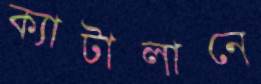
ক্যাটালানে